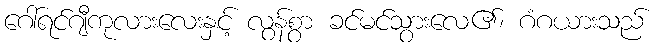
ဂေါ်ရင်ဂျီကုလားလေးနှင့် လွန်စွာ ခင်မင်သွားလေ၏၊ ဂံဂယားသည်